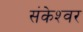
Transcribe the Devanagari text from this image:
संकेश्‍वर